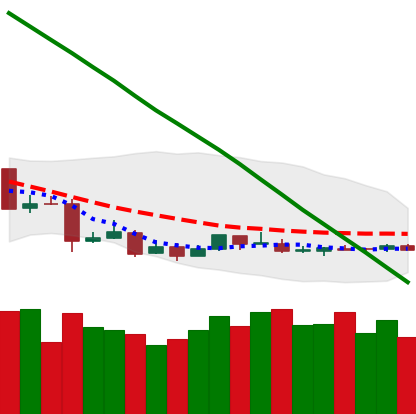
Ticker: ETC-USD
Chart end date: 2019-01-26
Forward return: -8.208%
Label: down_7plus